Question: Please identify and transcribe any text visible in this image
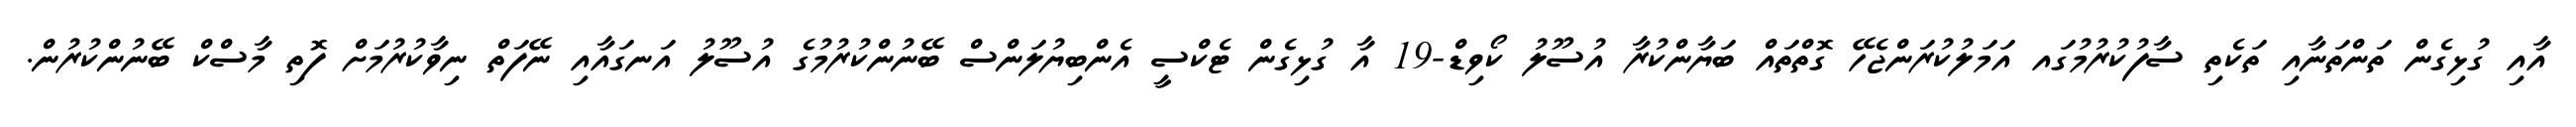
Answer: އާއި ގުޅިގެން ތަންތަނާއި ތަކެތި ސާފުކުރުމުގައ އަމަލުކުރަންޖެހޭ ގޮތްތައް ބަޔާންކުރާ އުސޫލު ކޯވިޑް-19 އާ ގުޅިގެން ޓެކްސީ އެންބިޔުލަންސް ބޭނުންކުރުމުގެ އުސޫލު އަނގައާއި ނޭފަތް ނިވާކުރުމަށް ފޮތި މާސްކް ބޭނުންކުރުން.